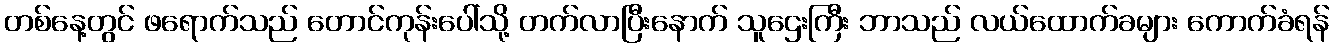
တစ်နေ့တွင် ဖရောက်သည် တောင်ကုန်းပေါ်သို့ တက်လာပြီးနောက် သူဌေးကြီး ဘာသည် လယ်ထောက်ခများ ကောက်ခံရန်